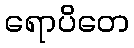
ရောပိတေ